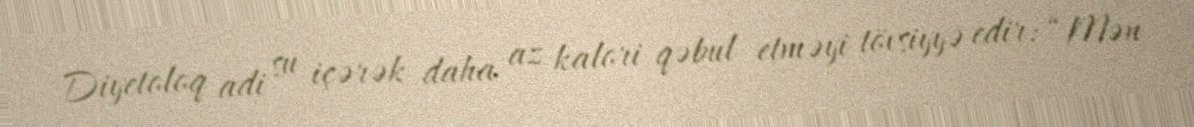
Diyetoloq adi su içərək daha az kalori qəbul etməyi tövsiyyə edir: “Mən